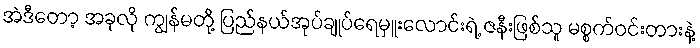
အဲဒီတော့ အခုလို ကျွန်မတို့ ပြည်နယ်အုပ်ချုပ်ရေမှူးလောင်းရဲ့ ဇနီးဖြစ်သူ မစ္စက်ဝင်းတားနဲ့